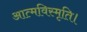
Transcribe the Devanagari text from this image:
आत्मविस्मृति।